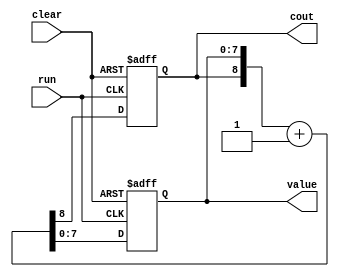
module watchdog
#(	parameter W=8)
 (	input clear,
 	input run,		//trigger to lepsza nazwa
 	output reg cout,	//carry out jak bedzie overflow
 	output reg [W-1:0] value );

	always @(posedge run or posedge clear) begin
		if (clear) begin
			cout <= 1'b0;
			value <= 0;
		end else begin
		{cout,value} <= {cout,value} + 1'b1;
		end
	end

endmodule
//counter has garbage values on start, it should be explicitly cleared before first use